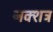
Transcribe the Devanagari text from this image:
नक्शत्र